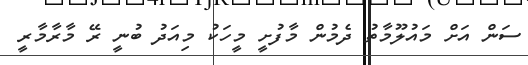
ސަން އަށް މައުލޫމާތު ދެމުން މާފުށީ މީހަކު މިއަދު ބުނީ ރޭ މާރާމާރީ